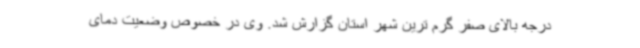
درجه بالای صفر گرم ترین شهر استان گزارش شد. وی در خصوص وضعیت دمای